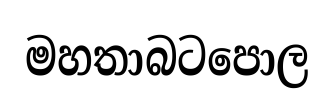
මහතාබටපොල